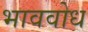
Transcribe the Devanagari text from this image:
भाववोध